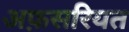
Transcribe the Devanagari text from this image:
अफ़सरियत